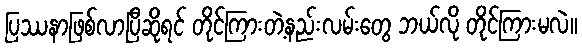
ပြဿနာဖြစ်လာပြီဆိုရင် တိုင်ကြားတဲ့နည်းလမ်းတွေ ဘယ်လို တိုင်ကြားမလဲ။